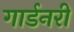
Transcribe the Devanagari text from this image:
गार्डनरी